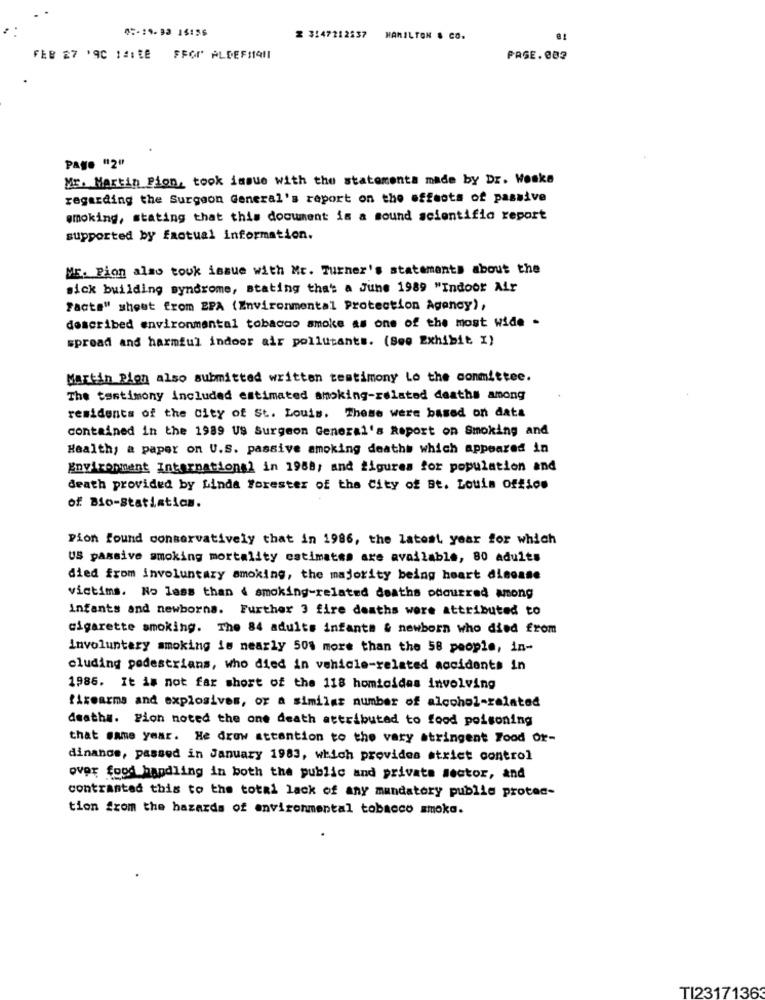
05-19-93 15:56
Z 3147212537
HAMILTON & CO.
FEB 27 '90 14:LE
FFOP ALDEFIANT
PAGE.002
Page "2"
Mr. Martin Pion, took issue with the statements made by Dr. Weake
regarding the Surgeon General's report on the effects of passive
smoking, stating that this document is a sound scientific report
supported by factual information.
ME. Pion also touk issue with Mr. Turner's statements about the
sick building syndrome, stating that a June 1989 "Indoor Air
Facts" shout from SPA (Environmental Protection Agency),
described environmental tobacco smoke as one of the most wide .
spread and harmful indoor air pollutants. (See Exhibit I)
Martin Rion also submitted written testimony Lo the committee.
The testimony included estimated smoking-related deaths among
residents of the City of St. Louis. These were based on data
contained in the 1989 US Surgeon General's Report on Smoking and
Health, a paper on U.S. passive smoking deaths which appeared in
Environment International in 1988; and figures for population and
death provided by Linda Forester of the City of St. Louis Offlos
of Bio-Statistics.
Pion found conservatively that in 1986, the latest year for which
US passive smoking mortality estimates are available, 80 adults
died from involuntary smoking, the majority being heart disease
victims. No less than 4 smoking-related deaths occurred among
infants and newborns. Further 3 fire deaths were attributed to
cigarette smoking. The 84 adults infants & newborn who died from
Involuntary smoking is nearly 50% more than the 58 people, in-
cluding pedestrians, who died in vehicle-related accidents in
1986. It is not far short of the 118 homicides involving
firearms and explosives, or a similar number of alcohol-related
death#. Pion noted the one death attributed to food poisoning
that same year. He drew attention to the vary stringent Food or-
dinanos, passed in January 1983, which provides strict control
over food handling in both the public and private sector, and
contrasted this to the total lack of any mandatory publie protec-
tion from the hazards of environmental tobacco smoka.
TI2317136